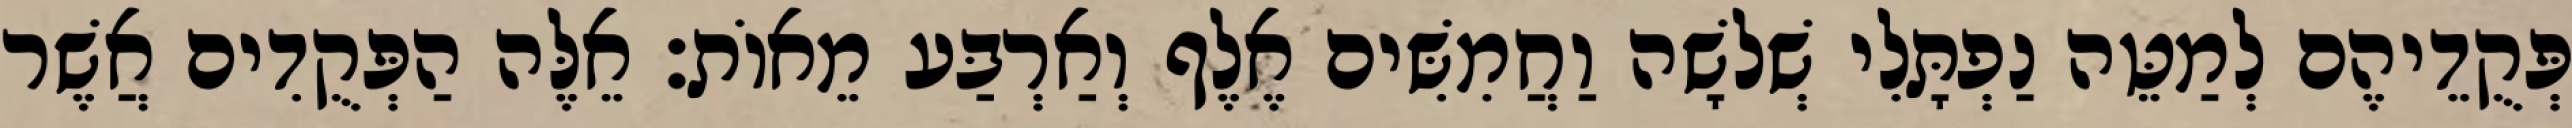
פְּקֻדֵיהֶם לְמַטֵּה נַפְתָּלִי שְׁלשָׁה וַחֲמִשִּׁים אֶלֶף וְאַרְבַּע מֵאוֹת׃ אֵלֶּה הַפְּקֻדִים אֲשֶׁר